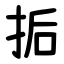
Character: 㧨